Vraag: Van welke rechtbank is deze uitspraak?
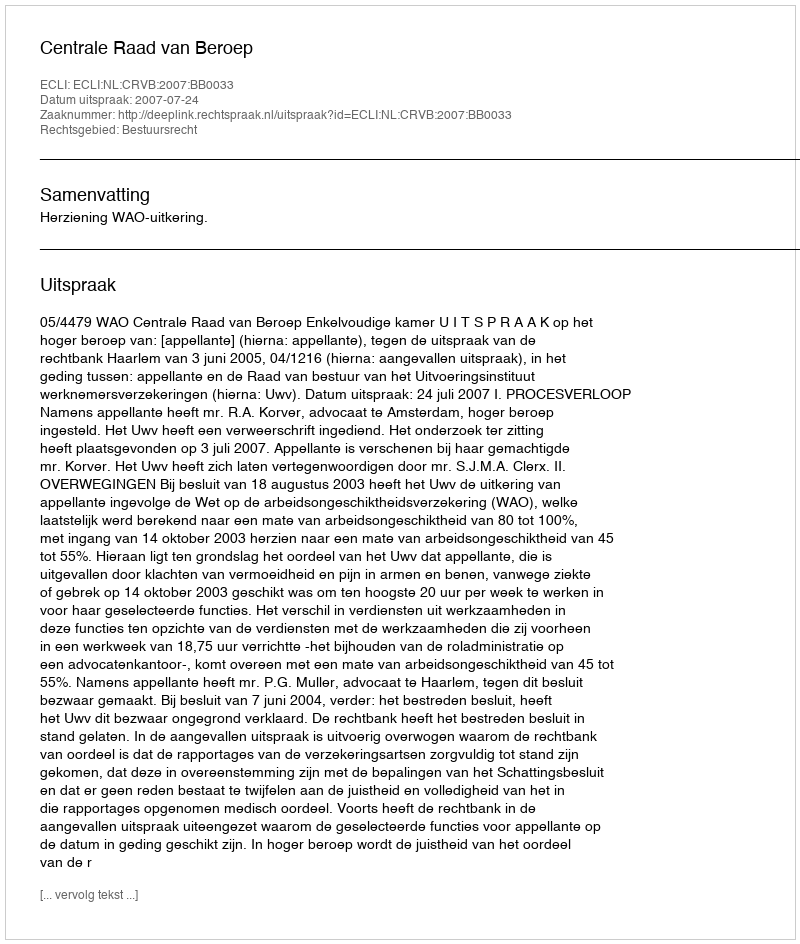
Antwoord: Centrale Raad van Beroep